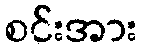
စင်းအား